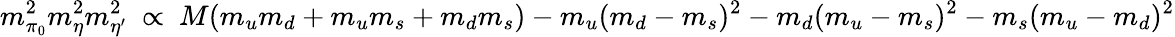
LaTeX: m_{\pi_{0}}^{2}m_{\eta}^{2}m_{\eta^{\prime}}^{2}\ \propto\ M(m_{u}m_{d}+m_{u}m_{s}+m_{d}m_{s})-m_{u}(m_{d}-m_{s})^{2}-m_{d}(m_{u}-m_{s})^{2}-m_{s}(m_{u}-m_{d})^{2}